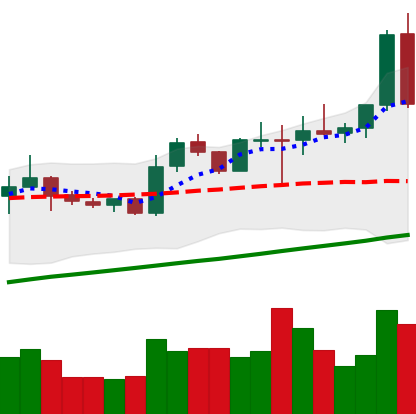
Ticker: NEO-USD
Chart end date: 2020-08-02
Forward return: 5.671%
Label: up_5_7